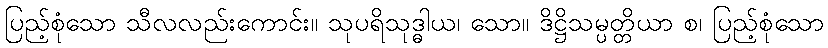
ပြည့်စုံသော သီလလည်းကောင်း။ သုပရိသုဒ္ဓါယ၊ သော။ ဒိဋ္ဌိသမ္ပတ္တိယာ စ၊ ပြည့်စုံသော